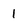
Character: 1